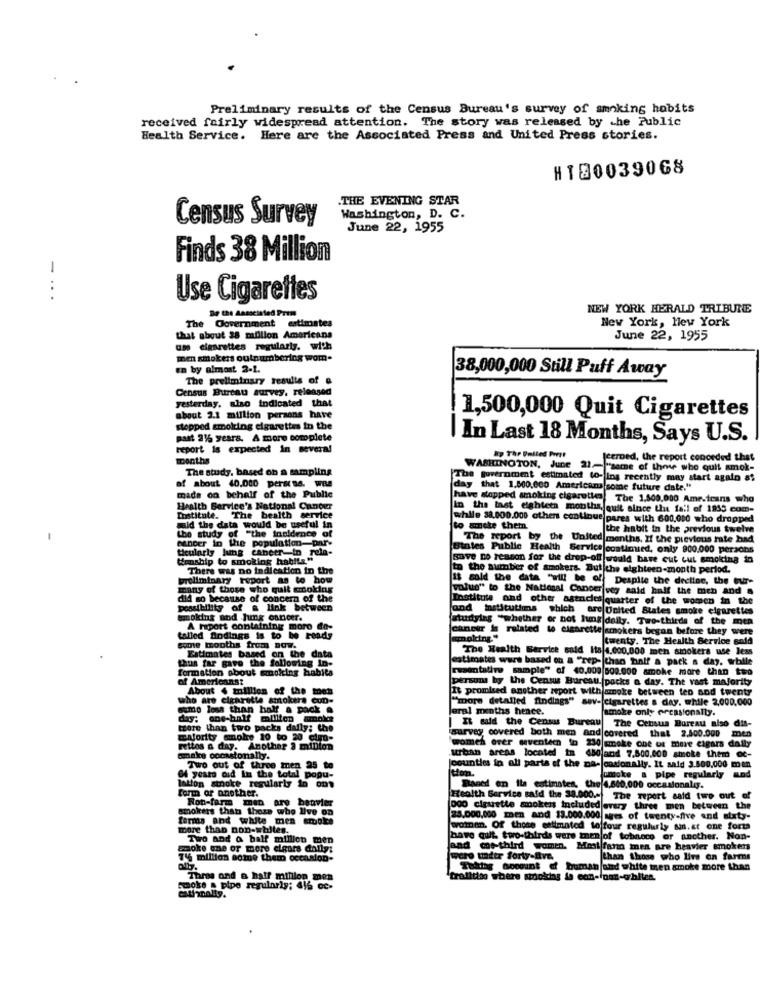
Preliminary results of the Census Bureau's survey of smoking hobits
received fairly widespread attention. The story was released by che Public
Health Service. Here are the Associated Press and United Press stories.
H180039068
.THE EVENING STAR
Census Survey
Washington, D. C.
June 22, 1955
Finds 38 Million
1
:
Use Cigarettes
De the Associated Prem
NEW YORK HERALD TRIBUNEE
New York, New York
The Government estimates
that about 38 million Americans
June 22, 1955
um cigarettes regularly. with
men smokers outnumbering wom-
en by almost 2-1.
38,000,000 Still Puff Away
The preliminary results of &
Census Bureau survey, released
yesterday, also indicated that
about 3.1 million persons have
1,500,000 Quit Cigarettes
stopped smolting cigarettes in the
past 25 years. A more complete
In Last 18 Months, Says U.S.
report is expected in several
months
by The United Portt
Jeered, the report conceded that
The study, based on a sampling
WASHINGTON, June 21- "some of those who quit amok-
The government estimated to- ing recently may start again at
af about 40.000 persas. wes
day that 1.500.000 Americana some future date."
made on behalf of the Public
have stopped smoking cigarettes. The 1.500.000 Americans who
Health Service's National Cancer
In the last eighteen mouths, quit since the fall of 1935 com-
Institute. The bealth service
while 38.000.000 others continue pares with 600,000 who dropped
mid the data would be useful in
"the Incidence of
to smoke them.
the habit in the previous twelve
-
cancer in the population-par-
The report by the United months. If the previous mate had
Bintes Public Health Service continued, only 900.000 persons
Hunship to smoking habits."
save no reason for the drop-off|would have cut cut smoking in
There was no indication in the
to the number of smokers. But the eighteen-month period.
preliminary report as to how
18 cold the data "will be of Despite the decline, the fur-
of those who quit smoking
volus" to the National Cancer|veg said half the mch and .
Institute and other agencies quarter of the women in the
possibility of a link between
and Institutions which are United States smoke cigarettes
smoking and hug cancer.
studying "whether or not hms delly. Two-thirds of the men
A maport containing more do-
cancer Is related to cigarette|smokers began before they were
talled findings is to be reads
twenty. The Health Service sol
some months from now.
The Health Service said Ita 4.000.000 men smokers use
Estimates based on the data
estimates wurs based on a "rep- than half a pack a day. wrbile
formation about smoking habita
gave the following in-
resintative sample" of 40.000 500.000 smoke more than two
of Americans:
persons by the Census Bureau. pocks & day. The vast majority
About 4 million of the men
It promised another mport with smoke between teo and twenty
who are cigarette smokers con-
"more detailed findings" sov- cigarettes s day. while 2,000,000
sume less than half a pack .
Jeral months hence.
amole only occasionally.
day: one-half militen smoke
tore than two packs daily; the
survey, covered both men and covered that 2.500.000
It said the Census Bureau The Census Bureau niso dis-
majority smoke 10 to 20 cipo-
men
Fettos a day. Another 3 militon
women orer seventeen in 230 smoke che of mere cigars daily
urban areas located in 450jard 7.500.000 smoke them oc-
make cocastonally.
Two out of three men 25 to
Joounties in all parts of the na- casionally. It said 3.500,000 men
tion.
O4 years aid In the total popu-
oke & pipe regularly
Iation stroke regularly in om
form or another.
Baned on Its estimates, the 4,640,000 occasionaliy.
Health Service said the 38.000 .- The report said two out of
(000 ciguette smokeis included
smokers than those who live on
Ron-farm men are benvier
three men between the
forms and white men smoke
25.000,000 men and 13.000.000 ages of twenty-five and sixty-
more than non-whites.
women. Of those estimated to four regularly sin.at one forts
Two and a half million men
have quit. two-thirds were mnen of tobnoce or another. Non-
Enoke one or more eleurs dally:
and co .- third women. Most fand men are heavier smoken
744 million some them occasion-
(wero tadtr forty-Bve,
than those who livs on farms
Talttag Gocount of buman and white men smoke more than
Thras and a half million men
"traditio where smoking is con-foot-orbiten.
smoke . pipe regularly; 416 cc-